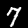
Label: 7